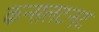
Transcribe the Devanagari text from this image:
कन्सलटनट